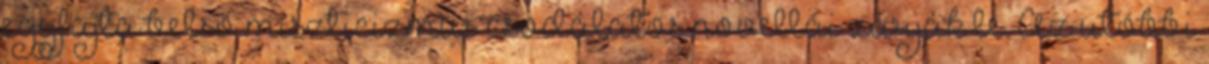
egyfajta belső miszticizmus csodálatos novellái zárják le. Az utóbbi